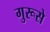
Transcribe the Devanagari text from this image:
गुरूसे